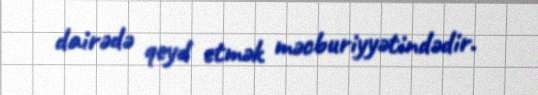
dairədə qeyd etmək məcburiyyətindədir.